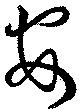
安